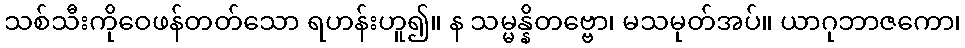
သစ်သီးကိုဝေဖန်တတ်သော ရဟန်းဟူ၍။ န သမ္မန္နိတဗ္ဗော၊ မသမုတ်အပ်။ ယာဂုဘာဇကော၊